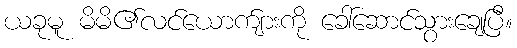
ယခုမူ မိမိ၏လင်ယောက်ျားကို ခေါ်ဆောင်သွားချေပြီ။